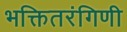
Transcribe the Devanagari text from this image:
भक्तितरंगिणी